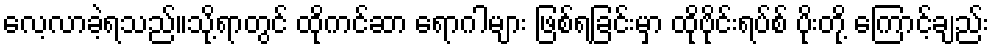
လေ့လာခဲ့ရသည်။သို့ရာတွင် ထိုကင်ဆာ ရောဂါများ ဖြစ်ရခြင်းမှာ ထိုဗိုင်းရပ်စ် ပိုးတို့ ကြောင့်ချည်း